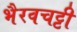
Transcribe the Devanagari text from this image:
भैरवचट्टी